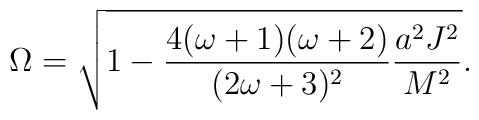
\Omega =\sqrt{1-\frac{4(\omega+1)(\omega+2)}	     {(2\omega+3)^2}\frac{a^2 J^2}{M^2}}.